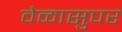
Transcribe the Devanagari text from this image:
वेळासुपर